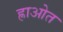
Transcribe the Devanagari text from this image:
ह्राओत